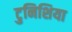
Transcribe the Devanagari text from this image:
टुनिशिया